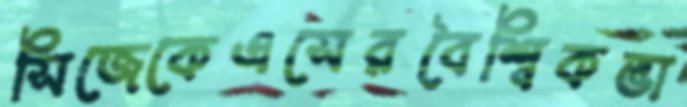
সিজেকেএসেরবৈশ্বিকভা